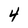
Character: 4